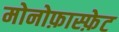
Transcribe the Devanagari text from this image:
मोनोफ़ास्फ़ेट